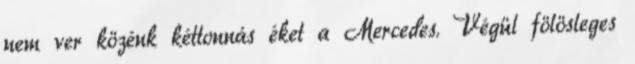
nem ver közénk kéttonnás éket a Mercedes. Végül fölösleges